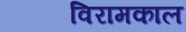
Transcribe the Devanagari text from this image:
विरामकाल